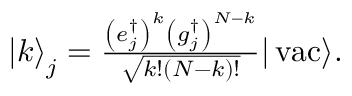
\begin{array} { r } { { | k \rangle } _ { j } = \frac { \left( e _ { j } ^ { \dagger } \right) ^ { k } \left( g _ { j } ^ { \dagger } \right) ^ { N - k } } { \sqrt { k ! ( N - k ) ! } } | \operatorname { v a c } \rangle . } \end{array}